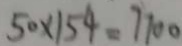
5 0 \times 1 5 4 = 7 7 0 0